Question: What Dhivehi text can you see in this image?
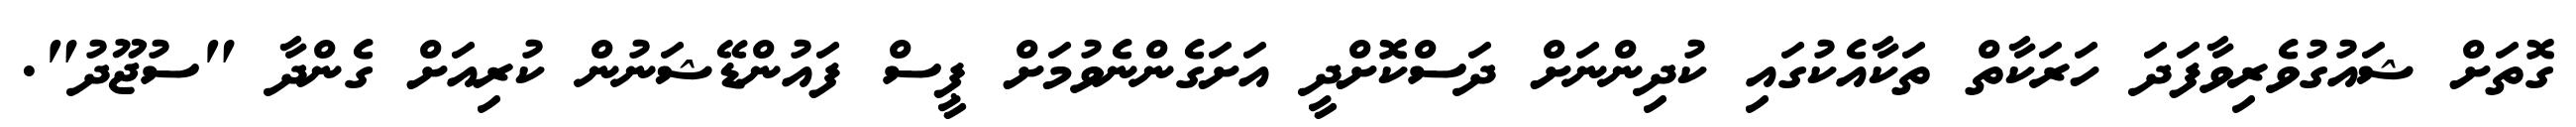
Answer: ގޮތަށް ޝައުގުވެރިވާފަދަ ހަރަކާތް ތަކާއެކުގައި ކުދިންނަށް ދަސްކޮށްދީ އަށަގެންނެވުމަށް ޕީސް ފައުންޑޭޝަނުން ކުރިއަށް ގެންދާ "ސުޖޫދު".